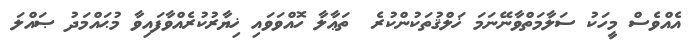
އެއްވެސް މީހަކު ސަލާމަތްވާނޭނަމަ ޚަލްޤުތަކުންކުރެ  ތަޢާލާ ހޮއްވަވައި ޚިޔާރުކުރެއްވާފައިވާ މުޙައްމަދު ޞައްލަ